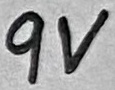
Text: 9V